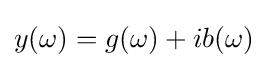
y(\omega )=g(\omega )+ib(\omega )